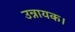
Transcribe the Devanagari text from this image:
उन्नायक।